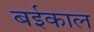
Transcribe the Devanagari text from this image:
बईकाल